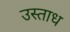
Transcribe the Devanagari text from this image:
उस्ताध